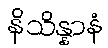
နိသိန္နာနံ